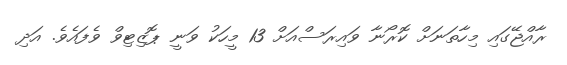
ރާއްޖޭގައި މިހާތަނަށް ކޮރޯނާ ވައިރަސްއަށް 13 މީހަކު ވަނީ ޕޮޒިޓިވް ވެފައެވެ. އަދި